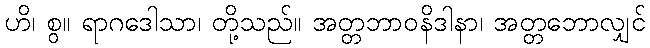
ဟိ၊ စွ။ ရာဂဒေါသာ၊ တို့သည်။ အတ္တဘာဝနိဒါနာ၊ အတ္တဘောလျှင်